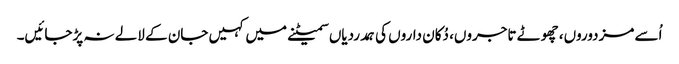
اُسے مزدوروں، چھوٹے تاجروں، دُکان داروں کی ہمدردیاں سمیٹنے میں کہیں جان کے لالے نہ پڑجائیں۔